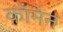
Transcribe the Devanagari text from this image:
कॉमेन